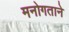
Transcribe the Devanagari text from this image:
मनोगताने